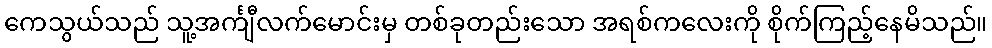
ကေသွယ်သည် သူ့အင်္ကျီလက်မောင်းမှ တစ်ခုတည်းသော အရစ်ကလေးကို စိုက်ကြည့်နေမိသည်။